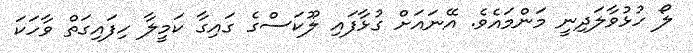
ލޯ ހުޅުވާލަދިނީ މަންމައެވެ. އޭނައަށް ގުޅާފައި ލޫކަސްގެ ގައިގާ ކަމީލާ ހިފައިގަތް ވާހަކަ